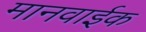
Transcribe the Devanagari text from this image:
मानवाईक